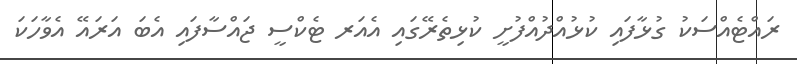
ރައްޓެއްސަކު ގުޅާފައި ކުޅުއްދުއްފުށީ ކުޅިތެރޭގައި އެއަރ ޓެކްސީ ޖައްސާފައި އެބަ އަރައޭ އެވާހަކަ